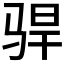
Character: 𫘣